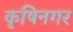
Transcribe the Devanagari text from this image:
कृषिनगर